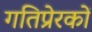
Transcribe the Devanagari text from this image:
गतिप्रेरकों